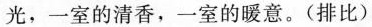
光，一室的清香，一室的暖意。(排比)